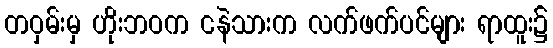
တဝှမ်းမှ ဟိုးဘဝက ငနဲသားက လက်ဖက်ပင်များ ရာထူး၌